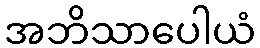
အဘိသာပေါယံ